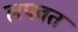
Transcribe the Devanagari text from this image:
लपवत